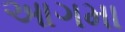
આગમા